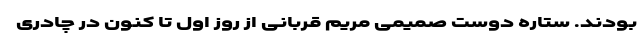
بودند. ستاره دوستِ صمیمیِ مریم قربانی از روز اول تا کنون در چادری